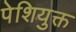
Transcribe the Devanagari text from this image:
पेशियुक्त